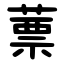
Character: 蔈